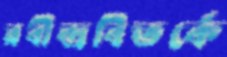
রবীন্দ্রবিতর্কে